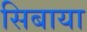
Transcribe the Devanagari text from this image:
सिबाया